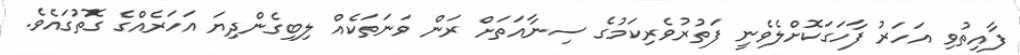
ފާއިތުވި އަހަރު ފާހަގަކޮށްލެވެނީ ފަތުރުވެރިކަމުގެ ސިނާއަތަށް ރަން ވަނަތަކެއް ލިބިގެންދިޔަ އަހަރެއްގެ ގޮތުގައެވެ.